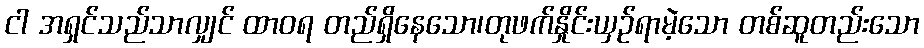
ငါ အရှင်သည်သာလျှင် ထာဝရ တည်ရှိနေသော၊တုဖက်နှိုင်းယှဉ်ရာမဲ့သော တစ်ဆူတည်းသော